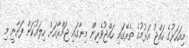
މިއަހަރުގެ ހައްޖު އަޅުމުގެ ތެރޭގައި ހައްޖުވެރިން މިނާގައި ޖަމްރާއަށް ހިލައުކަން ފަށާނީ މި